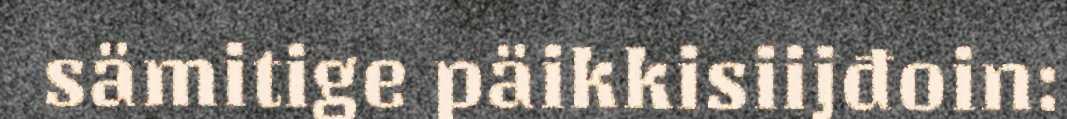
sämitige päikkisiijđoin: